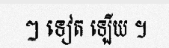
ៗ ទៀត ឡើយ ។